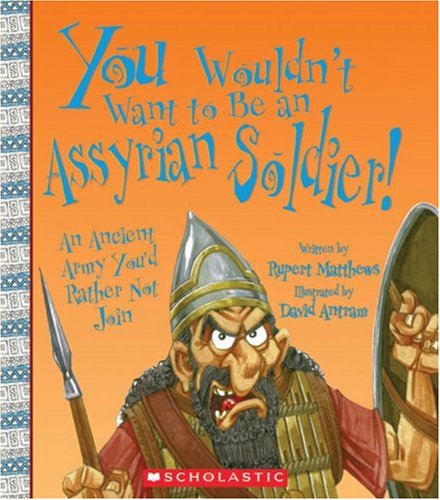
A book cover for You Wouldn't Want to Be an Assyrian Soldier!: An Ancient Army You'd Rather Not Join; Rupert Matthews; History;